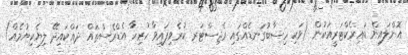
އޮންލައިން ޑައިރެކްޓަރީއަކުން (ވަކި ހިސާބުގަނޑެއްގައި ރެޖިސްޓަރ ކުރެވިފައިވާ ހުރިހާ އެޑްރެސްތައް ދައްކައިދޭ ލިޔެކިޔުމެއް)